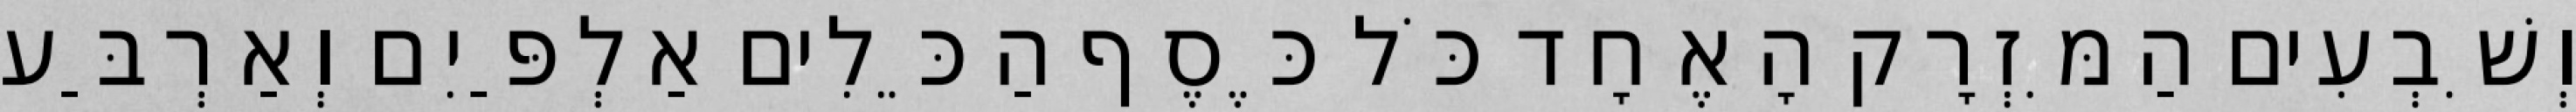
וְשִׁבְעִים הַמִּזְרָק הָאֶחָד כֹּל כֶּסֶף הַכֵּלִים אַלְפַּיִם וְאַרְבַּע